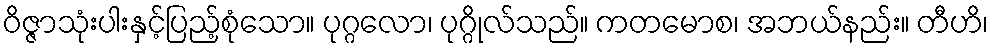
ဝိဇ္ဇာသုံးပါးနှင့်ပြည့်စုံသော။ ပုဂ္ဂလော၊ ပုဂ္ဂိုလ်သည်။ ကတမောစ၊ အဘယ်နည်း။ တီဟိ၊